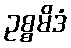
ဥစ္စမိဒံ